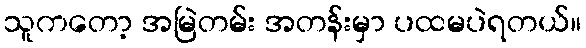
သူကတော့ အမြဲတမ်း အတန်းမှာ ပထမပဲရတယ်။